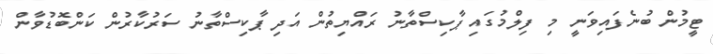
ޓީމުން ބުނެފައިވަނީ މި ފިލްމުގައި ޕާކިސްތާނު ރައްޔިތުން އަދި ޕާކިސްތާނު ސަރުކާރުން ކަންބޮޑުވާން